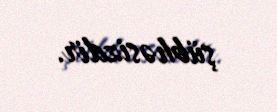
şübhəsizdir.